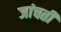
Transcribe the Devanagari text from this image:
जांचती